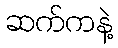
ဆက်ကနဲ့